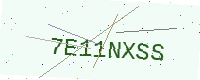
Text: 7E11NXSS